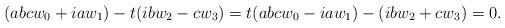
LaTeX: \begin{align*}(abcw_0+iaw_1)-t(ibw_2-cw_3) = t(abcw_0-iaw_1)-(ibw_2+cw_3) =0.\end{align*}